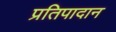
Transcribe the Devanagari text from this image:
प्रतिपादान